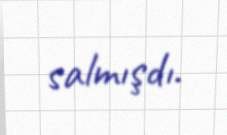
salmışdı.